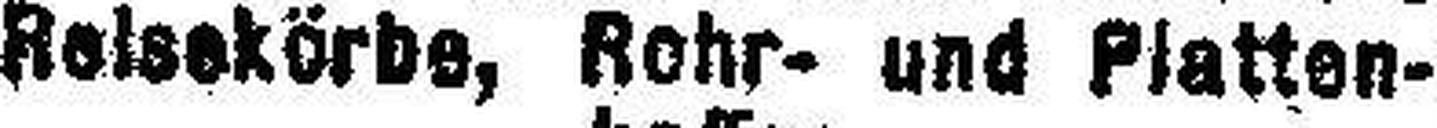
Reisekörbe, Rohr- und Platten¬